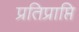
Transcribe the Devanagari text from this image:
प्रतिप्राप्ति